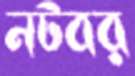
নটবর